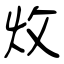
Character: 炇